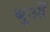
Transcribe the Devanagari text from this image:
बुओं